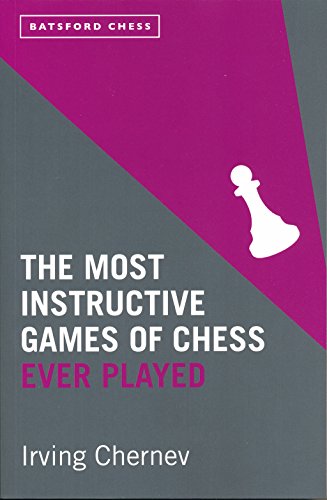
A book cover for The Most Instructive Games of Chess Ever Played; Irving Chernev; Humor & Entertainment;